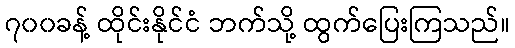
၇၀၀ခန့် ထိုင်းနိုင်ငံ ဘက်သို့ ထွက်ပြေးကြသည်။